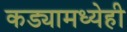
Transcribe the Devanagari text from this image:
कड्यामध्येही